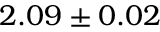
2 . 0 9 \pm 0 . 0 2